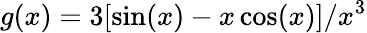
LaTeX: g(x)=3[\sin(x)-x\cos(x)]/x^{3}